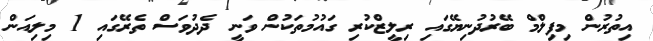
އިތުރުން މިފިލްމް ބޭރުދުނިޔޭގައި ރިލީޒްކުރި ގައުމުތަކުން ވަނީ ދެދުވަސް ތެރޭގައި 1 މިލިއަން